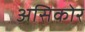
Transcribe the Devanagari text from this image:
असिकोर